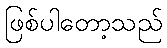
ဖြစ်ပါတော့သည်